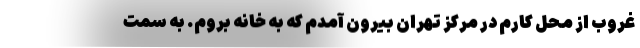
غروب از محل کارم در مرکز تهران بیرون آمدم که به خانه بروم. به سمت